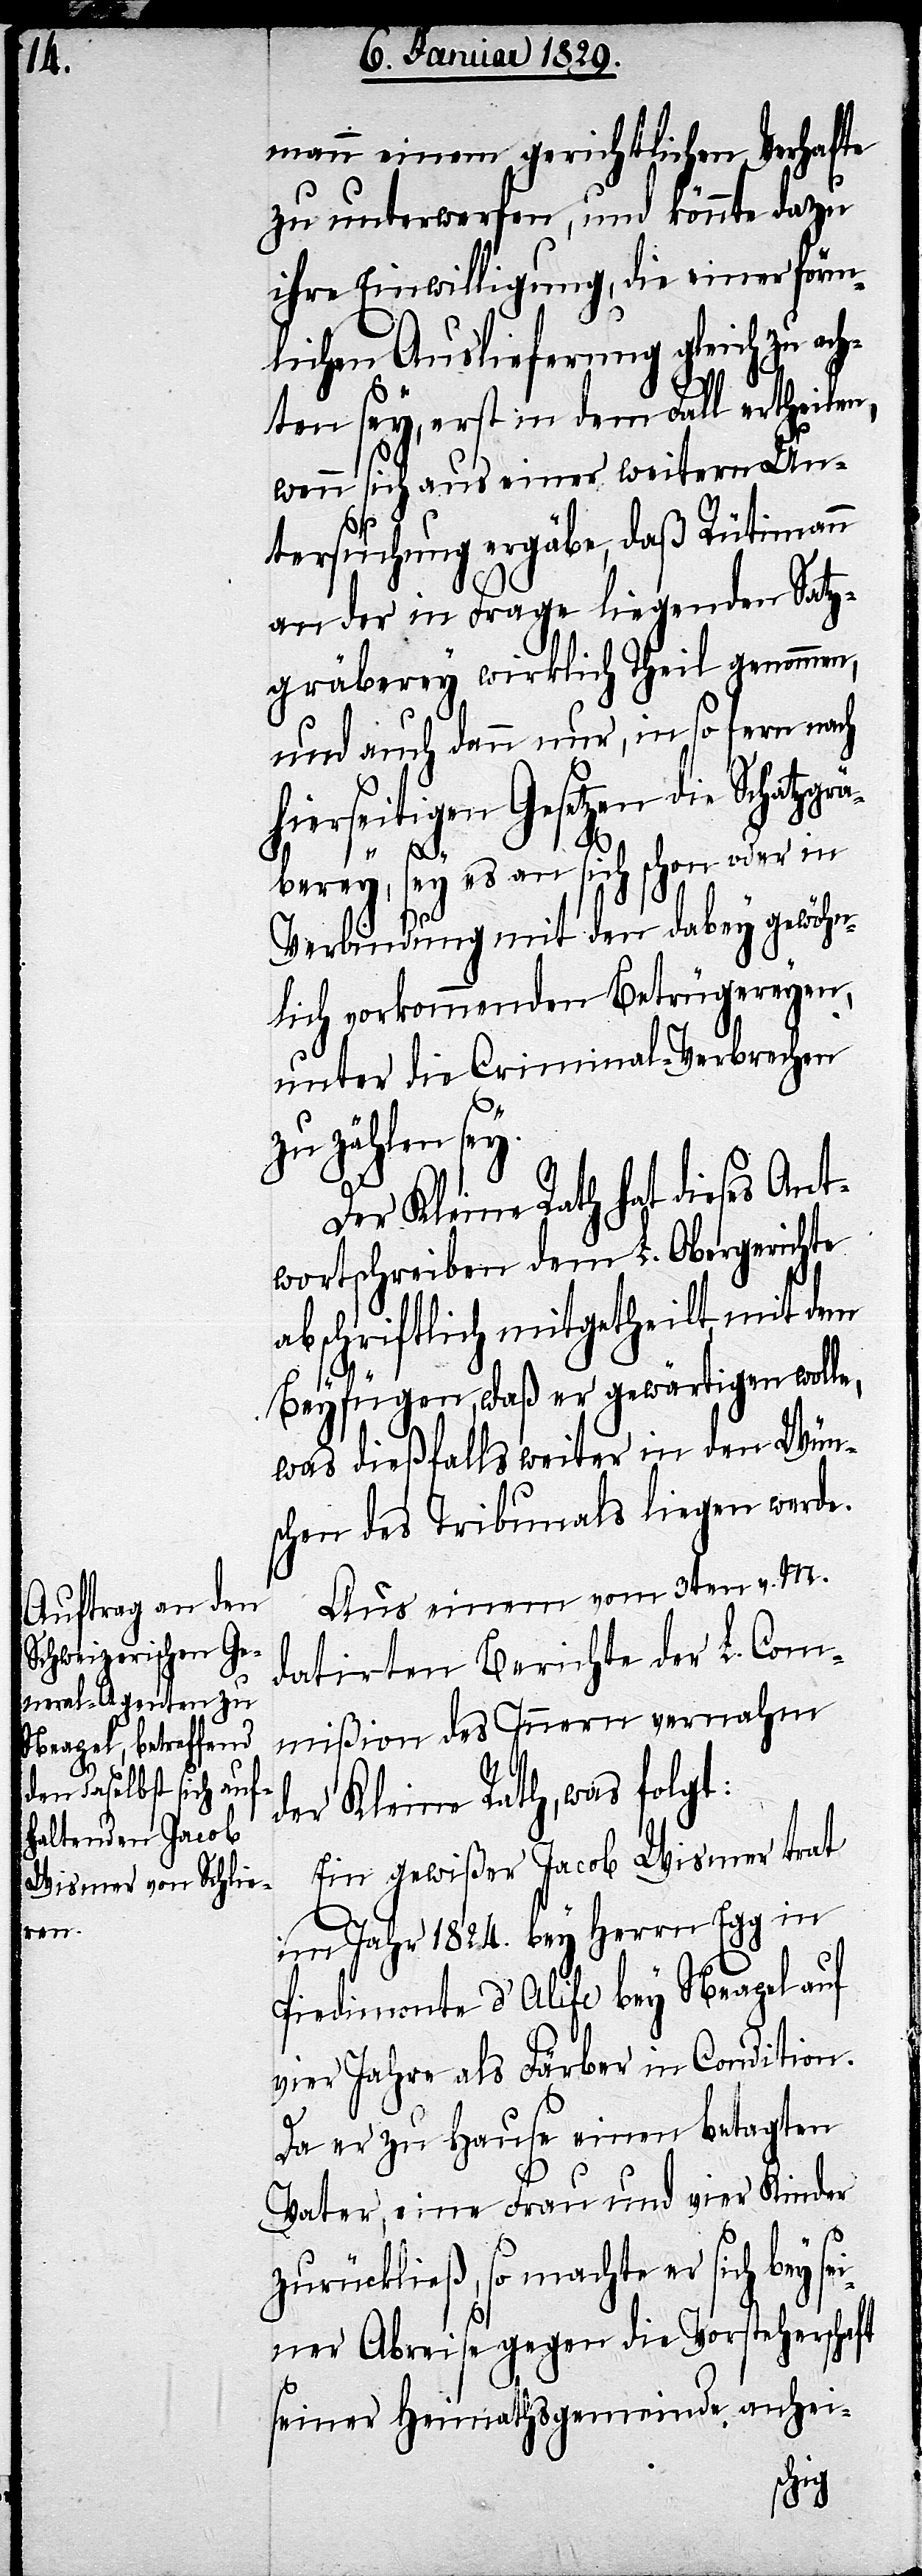
mann einem gerichtlichen Verhafte
zu unterwerfen, und könnte dazu
ihre Einwilligung, die einer förm¬
lichen Auslieferung gleich zu a¬
chten sey, erst in dem Fall ertheilen,
wenn sich aus einer weitern Un¬
tersuchung ergäbe, daß Rütimann
an der in Frage liegenden S[c¬
gräberey wirklich Theil genommen,
und auch dann nur, in so fern nach
hierseitigen Gesetzen die Schatzgr¬
äberey, sey es an sich schon oder in
Verbindung mit den dabey gewöhn¬
lich vorkommenden Betrügereyen,
unter die Criminal-Verbrechen
zu zählen sey.
Der Kleine Rath hat dieses Ant¬
wortschreiben dem L. Obergerichte
abschriftlich mitgetheilt, mit dem
h]atz¬
Beyfügen, daß er gewärtigen wolle,
was dießfalls weiter in den Wün¬
schen des Tribunals liegen werde.
Aus einem vom 3ten v. M.
datirten Berichte der L. Com¬
mißion des Innern vernahm
der Kleine Rath, was folgt:
Ein gewißer Jacob Wismer trat
im Jahr 1824. bey Herrn Egg in
Piedimonte d’Alife bey Neapel auf
vier Jahre als Färber in Condition.
Da er zu Hause einen betagten
Vater, eine Frau und vier Kinder
zurückließ, so machte er sich bey
ner Abreise gegen die Vorsteherschaft
seiner Heimathsgemeinde anhei-
sei¬